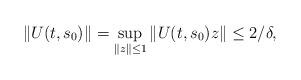
LaTeX: \begin{align*}\|U(t,s_0)\|=\sup_{\|z\|\leq1}\|U(t,s_0)z\|\leq 2/\delta,\end{align*}